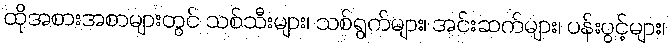
ထိုအစားအစာများတွင် သစ်သီးများ၊ သစ်ရွက်များ၊ အင်းဆက်များ၊ ပန်းပွင့်များ၊